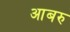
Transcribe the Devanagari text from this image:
आबरु